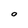
Character: 0